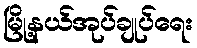
မြို့နယ်အုပ်ချုပ်ရေး